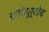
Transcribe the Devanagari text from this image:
अटकेपूर्वीच